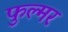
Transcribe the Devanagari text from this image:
फुल्मर